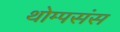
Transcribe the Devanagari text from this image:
थोम्पसंस